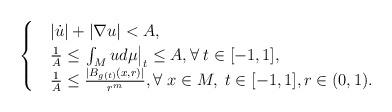
LaTeX: \begin{align*} \begin{cases} & |\dot{u}| + |\nabla u|<A, \\ & \frac{1}{A} \leq \left. \int_M u d\mu \right|_{t} \leq A, \forall \; t \in [-1, 1], \\ & \frac{1}{A} \leq \frac{|B_{g(t)}(x, r)|}{r^m}, \forall \; x \in M, \; t \in [-1, 1], r \in (0, 1). \end{cases} \end{align*}